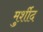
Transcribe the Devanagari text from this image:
मुर्शीद